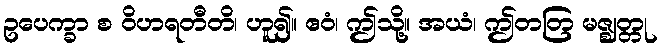
ဥပေက္ခာ စ ဝိဟရတီတိ၊ ဟူ၍။ ဧဝံ၊ ဤသို့။ အယံ၊ ဤတတြ မဇ္ဈတ္တု